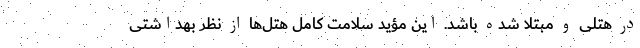
در هتلی و مبتلا شده باشد. این مؤید سلامت کامل هتل‌ها از نظر بهداشتی